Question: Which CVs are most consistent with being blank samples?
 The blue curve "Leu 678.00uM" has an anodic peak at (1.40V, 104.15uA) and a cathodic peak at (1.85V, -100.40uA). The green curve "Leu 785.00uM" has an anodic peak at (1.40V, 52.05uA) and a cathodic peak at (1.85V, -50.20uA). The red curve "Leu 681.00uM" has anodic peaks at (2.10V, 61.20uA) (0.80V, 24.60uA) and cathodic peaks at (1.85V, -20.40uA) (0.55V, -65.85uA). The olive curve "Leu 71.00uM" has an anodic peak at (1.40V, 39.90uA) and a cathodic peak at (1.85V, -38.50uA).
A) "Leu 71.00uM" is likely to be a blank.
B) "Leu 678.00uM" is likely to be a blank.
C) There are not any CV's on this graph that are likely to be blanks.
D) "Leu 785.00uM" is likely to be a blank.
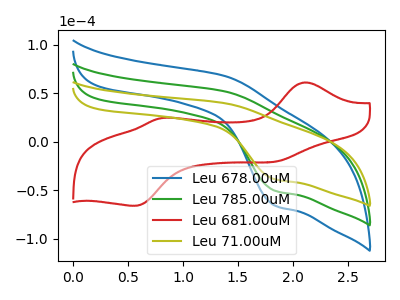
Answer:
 <answer>C) There are not any CV's on this graph that are likely to be blanks.</answer>
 <eval>C</eval>